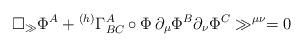
LaTeX: \begin{align*}\square_\gg \Phi^A + {}^{(h)} \Gamma_{BC}^A\circ\Phi\, \partial_\mu \Phi^B \partial_\nu \Phi^C \gg^{\mu\nu} = 0\end{align*}